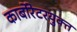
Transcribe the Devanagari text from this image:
कार्बोरेटरयुक्त